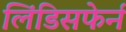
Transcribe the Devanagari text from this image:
लिंडिसफेर्न